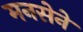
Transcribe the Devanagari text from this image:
मनसेने